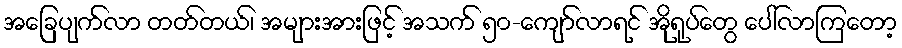
အခြေပျက်လာ တတ်တယ်၊ အများအားဖြင့် အသက် ၅၀-ကျော်လာရင် အိုရုပ်တွေ ပေါ်လာကြတော့